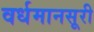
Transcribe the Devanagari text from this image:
वर्धमानसूरी